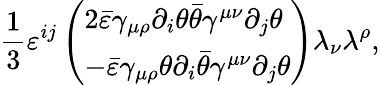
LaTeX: \frac 13\varepsilon^{ij}\left(\begin{array}{l}{{2\bar{\varepsilon}\gamma_{\mu\rho}\partial_{i}\theta\bar{\theta}\gamma^{\mu\nu}\partial_{j}\theta}}\\ {{-\bar{\varepsilon}\gamma_{\mu\rho}\theta\partial_{i}\bar{\theta}\gamma^{\mu\nu}\partial_{j}\theta}}\end{array}\right)\lambda_{\nu}\lambda^{\rho},